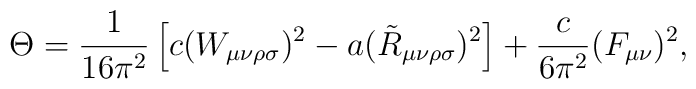
\Theta={1\over 16\pi^2}\left[c (W_{\mu\nu\rho\sigma})^2-a (\tilde R_{\mu\nu\rho\sigma})^2\right]+{c\over 6\pi^2}(F_{\mu\nu})^2,